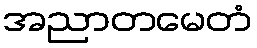
အညာတမေတံ